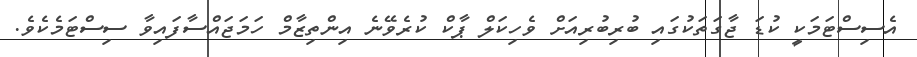
އެސިސްޓަމަކީ ކުޑަ ޖާގަތަކުގައި ބުރިބުރިއަށް ވެހިކަލް ޕާކް ކުރެވޭނެ އިންތިޒާމް ހަމަޖައްސާފައިވާ ސިސްޓަމެކެވެ.